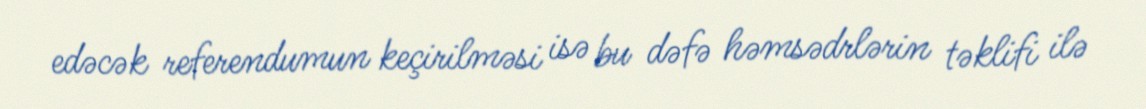
edəcək referendumun keçirilməsi isə bu dəfə həmsədrlərin təklifi ilə